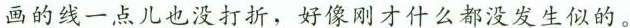
画的线一点儿也没打折，好像刚才什么都没发生似的。